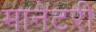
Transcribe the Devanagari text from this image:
मानेटरी